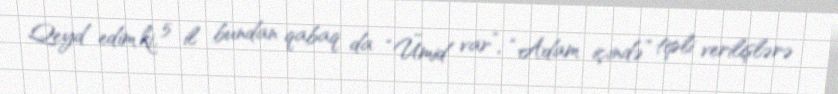
Qeyd edim ki, 5 il bundan qabaq da “Ümid var”, “Adam içində” tipli verilişlərə